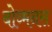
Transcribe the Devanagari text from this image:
बोव्मनस